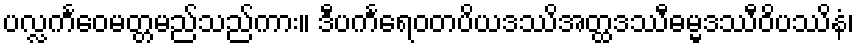
ပလ္လင်္ကဝေမတ္တမည်သည်ကား။ ဒီပင်္ကရေဝတပိယဒဿိအတ္ထဒဿီဓမ္မဒဿီဝိပဿိနံ၊